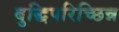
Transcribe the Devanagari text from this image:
बुद्धिपरिच्छिन्न